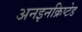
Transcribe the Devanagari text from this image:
अनइनक्रिप्टेड